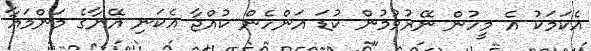
އެކަމަކު އެ މީހުން ނޭރުވުމުން ކުޑަ އަންހެން ކުއްޖާ އެކަނި އޭނާގެ މަންމައާ